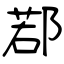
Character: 鄀